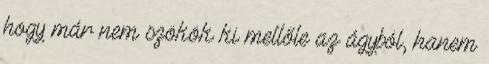
hogy már nem szökök ki mellőle az ágyból, hanem